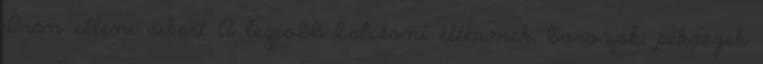
Irán elleni sikert A legjobb balatoni éttermek, borozók, pékségek